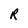
Character: R